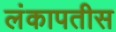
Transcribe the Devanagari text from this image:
लंकापतीस